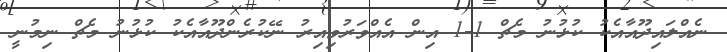
ނެއްލައިދޫއާއެކު ކުޅުނު މެޗް 1-1 އިން އެއްވަރުވިއިރު ނޭކުރެންދޫއާއެކު ކުޅުނު މެޗް ނިމުނީ